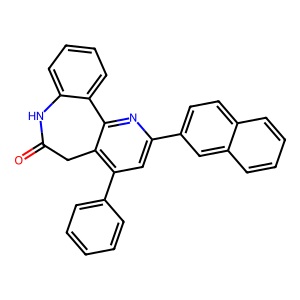
SMILES: O=C1Cc2c(-c3ccccc3)cc(-c3ccc4ccccc4c3)nc2-c2ccccc2N1
Inhibits HIV replication: No